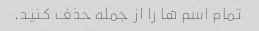
تمام اسم ها را از جمله حذف کنید.